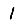
Digit: 1